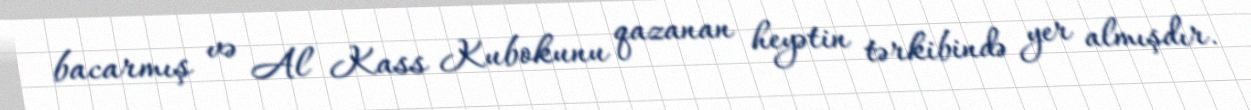
bacarmış və Al Kass Kubokunu qazanan heyətin tərkibində yer almışdır.